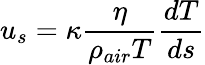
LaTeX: u_{s}=\kappa\frac{\eta}{\rho_{air}T}\frac{dT}{ds}